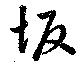
坂